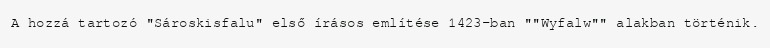
A hozzá tartozó "Sároskisfalu" első írásos említése 1423-ban ""Wyfalw"" alakban történik.